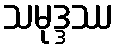
သမုဒ္ဒဿ